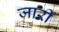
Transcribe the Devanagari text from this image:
जारीं